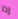
إذا